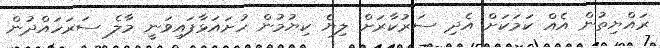
ރައްޔިތުން އެއް ކަމަކަށް އެދި ސަރުކާރަށް ލިޔެ ކިޔުމުން ހުށައަޅާފައިވަނީ މާލެ ސަރަހައްދުން